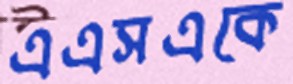
এএসএকে